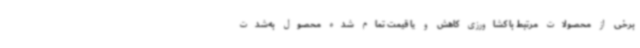
برخی از محصولات مرتبط با کشاورزی کاهش و یا قیمت تمام شده محصول به‌شدت